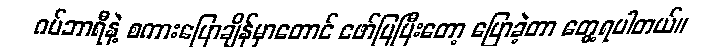
ဂမ်ဘာရီနဲ့ စကားပြောချိန်မှာတောင် ဖော်ပြပြီးတော့ ပြောခဲ့တာ တွေ့ရပါတယ်။